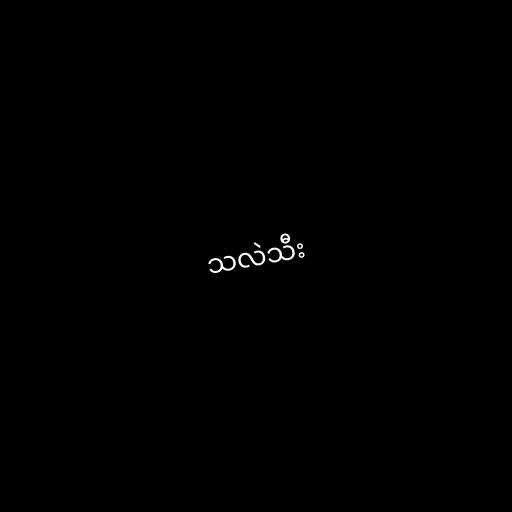
သလဲသီး